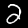
Digit: 2